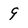
Character: 9